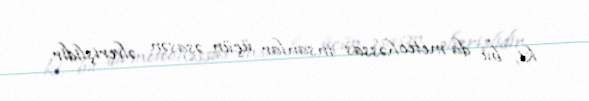
ki, bu da meteohəssas insanlar üçün əsasən əlverişlidir.